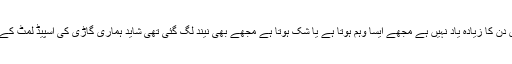
مجھے اس دن کا زیادہ یاد نہیں ہے مجھے ایسا وہم ہوتا ہے یا شک ہوتا ہے مجھے بھی نیند لگ گئی تھی شاید ہماری گاڑی کی اسپیڈ لمٹ کے اندر تھی۔